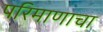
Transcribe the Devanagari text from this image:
परिमाणाचा